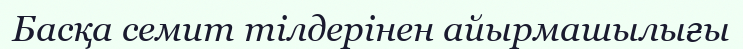
Басқа семит тілдерінен айырмашылығы